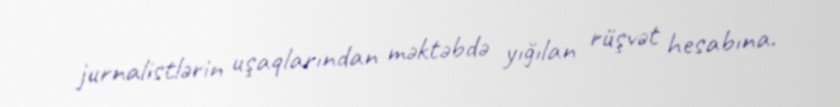
jurnalistlərin uşaqlarından məktəbdə yığılan rüşvət hesabına.